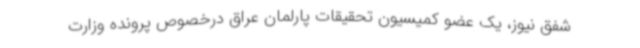
شفق نیوز، یک عضو کمیسیون تحقیقات پارلمان عراق درخصوص پرونده وزارت